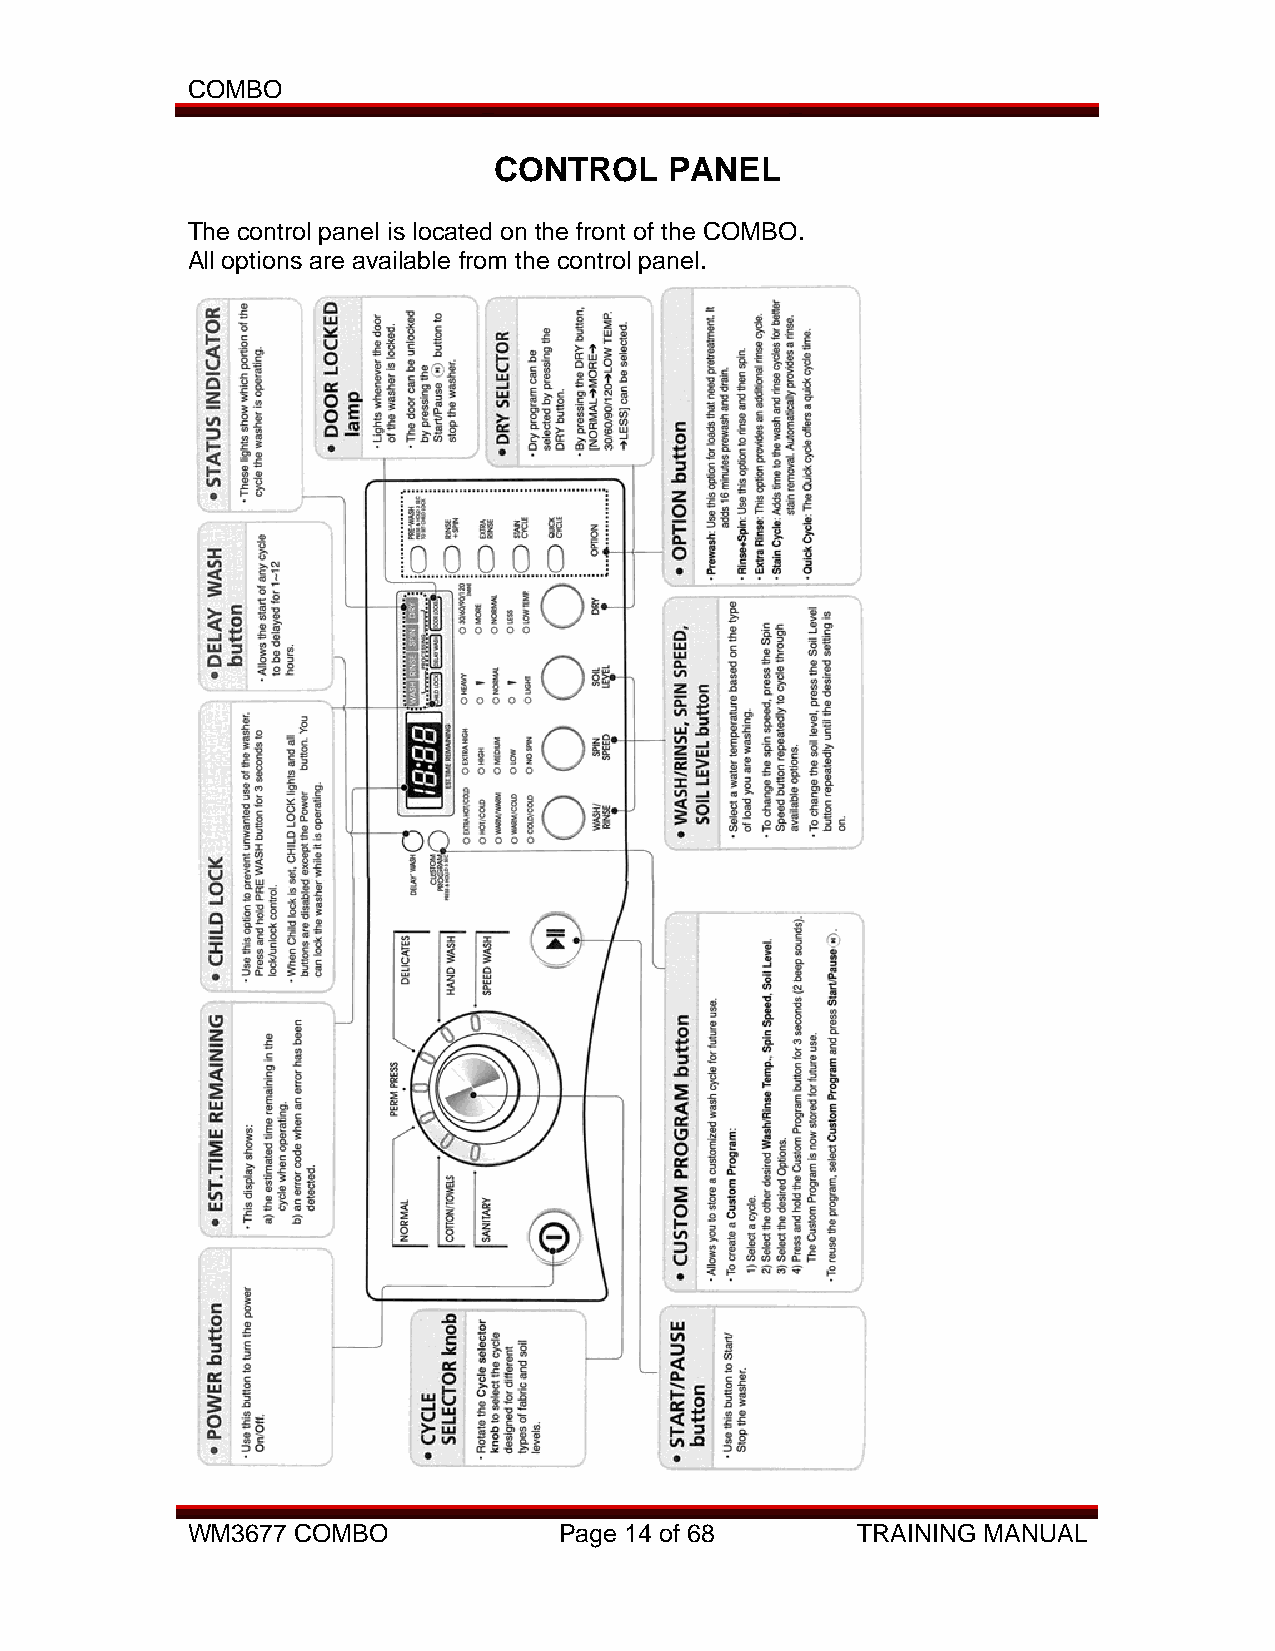
COMBO
 CONTROL    PANEL
 The control panel is located on the front of the COMBO.
 All options are available from the control panel.
 WM3677 COMBO             Page 14 of 68       TRAINING MANUAL